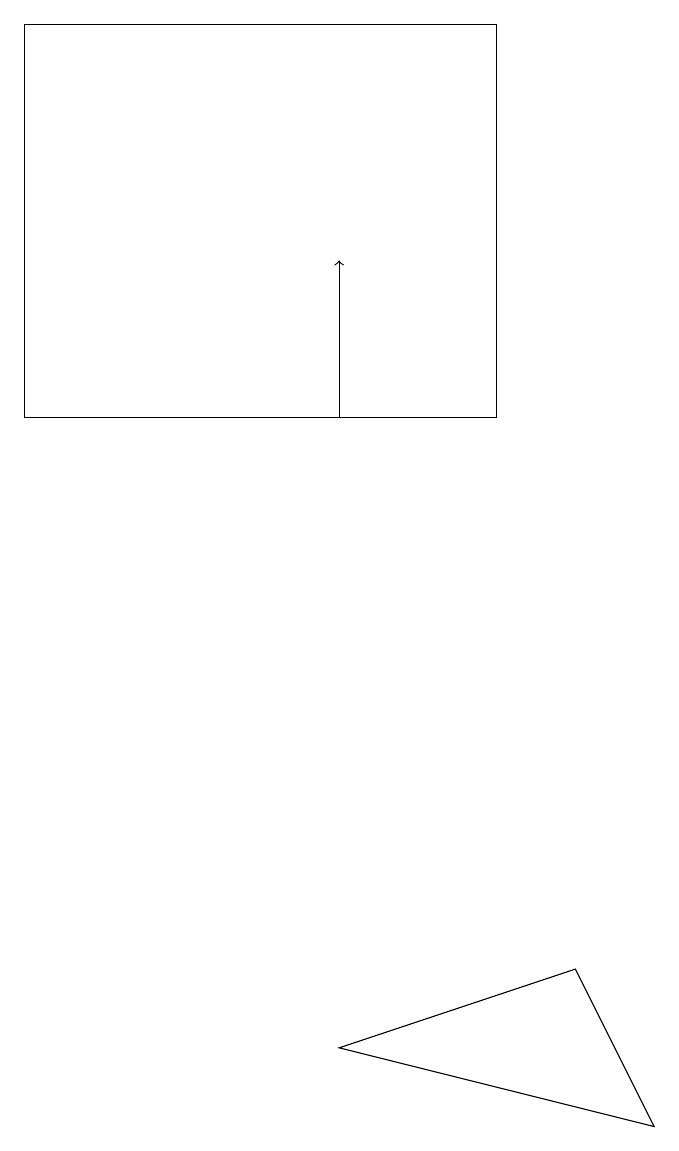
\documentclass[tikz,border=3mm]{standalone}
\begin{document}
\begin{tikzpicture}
\draw (1,12) rectangle (7,17);
\draw (5,4) -- (9,3) -- (8,5) -- cycle;
\draw[->] (5,12) -- (5,14);
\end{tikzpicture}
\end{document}